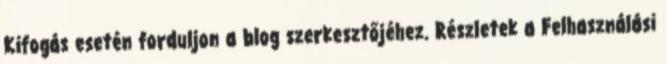
Kifogás esetén forduljon a blog szerkesztőjéhez. Részletek a Felhasználási